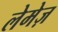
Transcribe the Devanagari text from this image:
लेमेज़